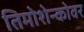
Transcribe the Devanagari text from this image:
तिमोशेन्कोवर